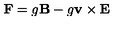
\mathbf { F } = g \mathbf { B } - g \mathbf { v } \times \mathbf { E }